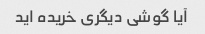
آیا گوشی دیگری خریده اید